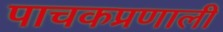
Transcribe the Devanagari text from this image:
पाचकप्रणाली